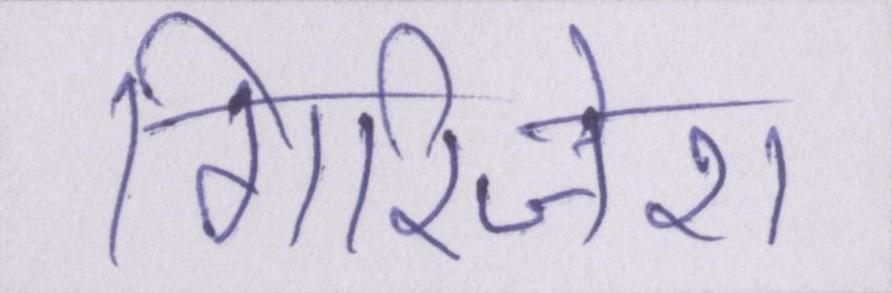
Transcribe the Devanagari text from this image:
गिरिजेश